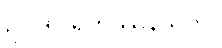
ဥပါဒါပရိတဿနသုတ်။